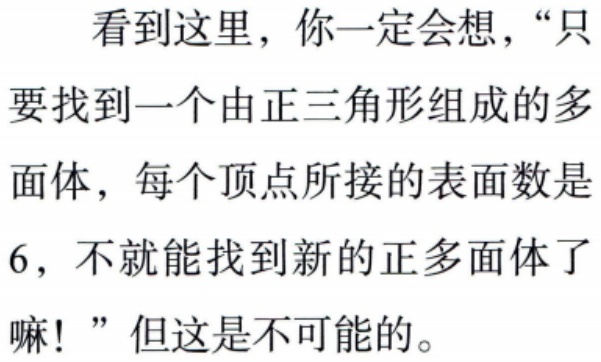
看到这里，你一定会想，“只要找到一个由正三角形组成的多面体，每个顶点所接的表面数是6，不就能找到新的正多面体了嘛！”但这是不可能的。